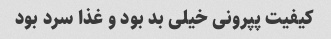
کیفیت پپرونی خیلی بد بود و غذا سرد بود